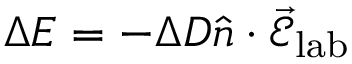
\Delta E = - \Delta D \hat { n } \cdot \vec { \mathcal { E } } _ { \mathrm { l a b } }